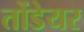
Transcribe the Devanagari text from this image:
तोंडेयर